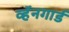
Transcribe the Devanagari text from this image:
व्हॅनगार्ड